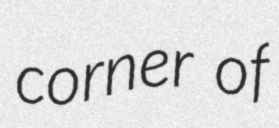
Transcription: corner of